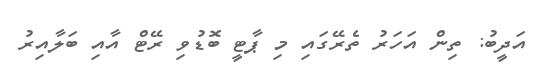
އަދީބު: ތިން އަހަރު ތެރޭގައި މި ޕާޓީ ބޮޑުވި ރޭޓް އާއި ބަލާއިރު